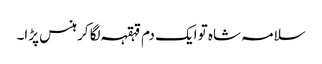
سلامہ شاہ تو ایک دم قہقہہ لگا کر ہنس پڑا۔